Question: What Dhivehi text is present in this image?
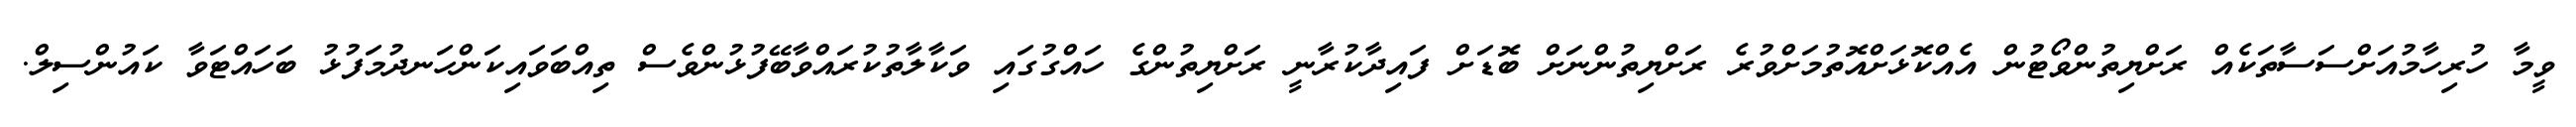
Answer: ވީމާ ހުރިހާމުއަށްސަސާތަކެއް ރަށްޔިތުންވޯޓުން އެއްކޮޅަށްއޮތުމަށްވުރެ ރަށްޔިތުންނަށް ބޮޑަށް ފައިދާކުރާނީ ރަށްޔިތުންގެ ހައްގުގައި ވަކާލާތުކުރައްވާބޭފުޅުންވެސް ތިއްބަވައިކަންހަނދުމަފުޅު ބަހައްޓަވާ ކައުންސިލް.